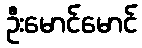
ဦးမောင်မောင်